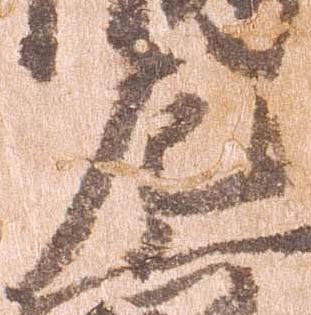
左